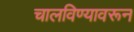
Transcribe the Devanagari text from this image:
चालविण्यावरून